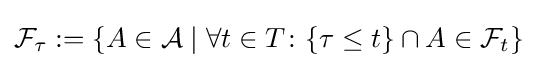
{\mathcal {F}}_{\tau }:=\{A\in {\mathcal {A}}\mid \forall t\in T\colon \{\tau \leq t\}\cap A\in {\mathcal {F}}_{t}\}